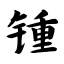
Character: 锺